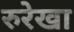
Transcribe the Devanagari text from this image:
रुरेखा